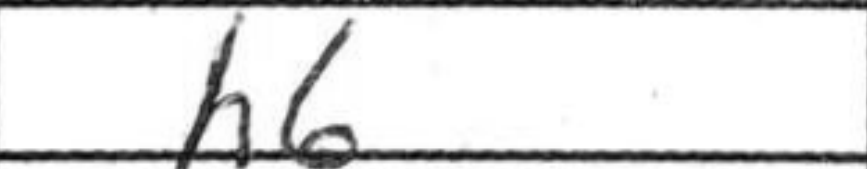
Transcription: h6